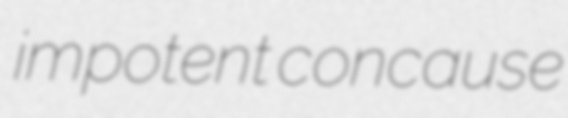
impotent concause